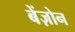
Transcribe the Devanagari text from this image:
बेंज़ोन